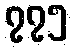
၇၇၅